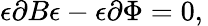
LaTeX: \epsilon\partial B\epsilon-\epsilon\partial\Phi=0,\,